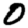
Digit: 0